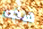
هذه